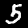
Digit: 5